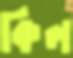
কিল